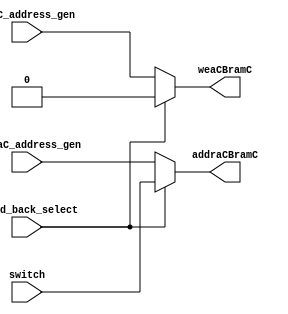
`timescale 1ns / 1ps
//////////////////////////////////////////////////////////////////////////////////
// Company: 
// Engineer: 
// 
// Design Name: 
// Module Name: read_back_mux
// Project Name: 
// Target Devices: 
// Tool Versions: 
// Description: 
// 
// Dependencies: 
// 
// Revision:
// Revision 0.01 - File Created
// Additional Comments:
// 
//////////////////////////////////////////////////////////////////////////////////


module read_back_mux(weaC_address_gen,addraC_address_gen,switch,Cread_back_select,weaCBramC,addraCBramC );
input weaC_address_gen;
input [3:0] addraC_address_gen;
input [3:0] switch;
input Cread_back_select;
output weaCBramC;
output [3:0] addraCBramC;

assign weaCBramC = (Cread_back_select == 0) ? weaC_address_gen : 0;
assign addraCBramC = (Cread_back_select == 0) ? addraC_address_gen : switch;

endmodule